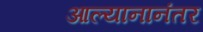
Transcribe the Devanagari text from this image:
आल्यानानंतर